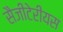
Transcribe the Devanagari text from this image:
सैजीटेरीयस